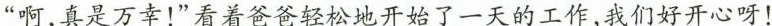
“啊，真是万幸！”看着爸爸轻松地开始了一天的工作，我们好开心呀！